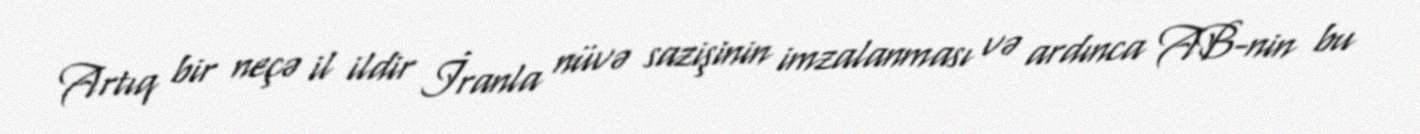
Artıq bir neçə il ildir İranla nüvə sazişinin imzalanması və ardınca AB-nin bu